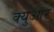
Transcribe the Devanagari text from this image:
क्युआर